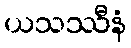
ယသဿီနံ